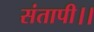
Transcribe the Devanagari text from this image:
संतापी।।